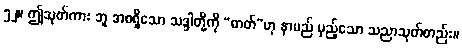
၅၂။ ဤသုတ်ကား ဘူ အစရှိသော သဒ္ဒါတို့ကို “ဓာတ်”ဟု နာမည် မှည့်သော သညာသုတ်တည်း။